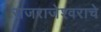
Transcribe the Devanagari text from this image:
राजराजेश्वराचे